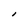
Character: I